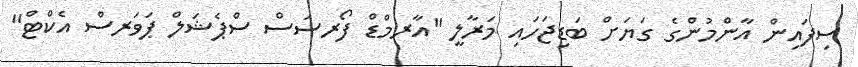
ސިފައިން އާންމުންގެ ގަޔަށް ބަޑިޖަހައި މަރާލީ "އާރމްޑް ފޯރސަސް ސްޕެޝަލް ޕަވަރސް އެކްޓް"